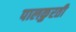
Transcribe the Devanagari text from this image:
पालकुरती